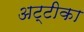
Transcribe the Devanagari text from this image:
अट्टीका